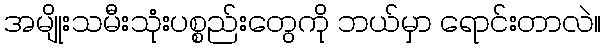
အမျိုးသမီးသုံးပစ္စည်းတွေကို ဘယ်မှာ ရောင်းတာလဲ။